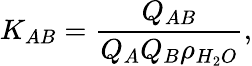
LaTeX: K_{AB}=\frac{Q_{AB}}{Q_{A}Q_{B}\rho_{H_{2}O}},